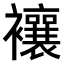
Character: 𧟄